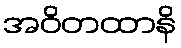
အဝိတထာနိ